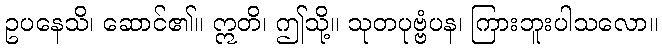
ဥပနေသိ၊ ဆောင်၏။ ဣတိ၊ ဤသို့။ သုတပုဗ္ဗံပန၊ ကြားဘူးပါသလော။